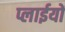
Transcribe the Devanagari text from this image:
प्लाईयों